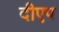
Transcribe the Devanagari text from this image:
दीएप